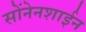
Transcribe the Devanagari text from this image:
सोंनेनशाईन